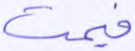
فيمت